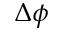
\Delta \phi